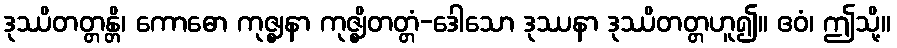
ဒုဿိတတ္တန္တိ၊ ကောဓော ကုဇ္ဈနာ ကုဇ္ဈိတတ္တံ-ဒေါသော ဒုဿနာ ဒုဿိတတ္တဟူ၍။ ဧဝံ၊ ဤသို့။